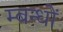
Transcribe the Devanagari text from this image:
म्बन्धों